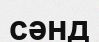
сәнд